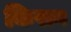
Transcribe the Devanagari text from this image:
किरान